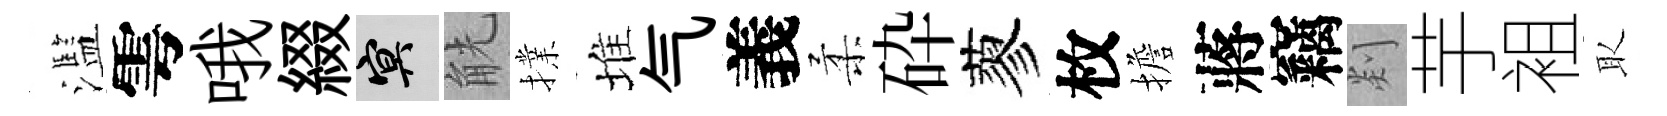
濫雩哦綴冥觥擈堆气義柔砕蓼枚擔蔣竊剡芋袓取